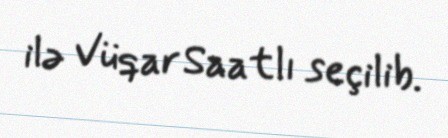
ilə Vüqar Saatlı seçilib.